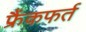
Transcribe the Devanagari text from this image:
फ्रैंकफर्त